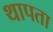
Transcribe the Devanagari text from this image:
थापता